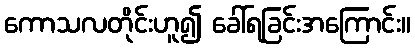
ကောသလတိုင်းဟူ၍ ခေါ်ရခြင်းအကြောင်း။